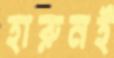
হারুনই